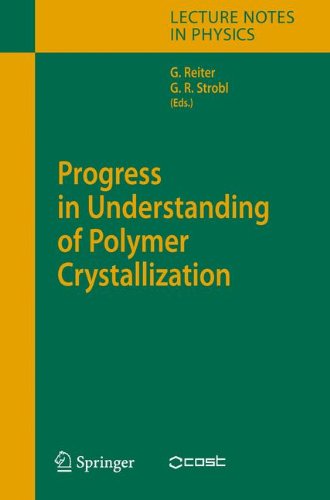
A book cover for Progress in Understanding of Polymer Crystallization (Lecture Notes in Physics); Science & Math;